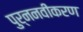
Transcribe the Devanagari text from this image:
पुर्ननवीकरण